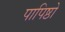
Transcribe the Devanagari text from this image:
पापिष्ठो